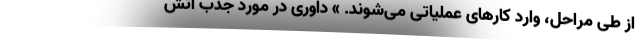
از طی مراحل، وارد کارهای عملیاتی می‌شوند. » داوری در مورد جذب آتش